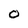
Character: O